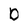
Character: D